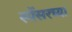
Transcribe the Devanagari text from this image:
स्पेंसरच्या